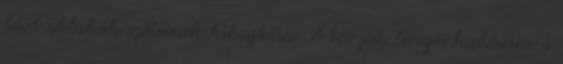
lévő ablakok széleinek kihajtása. A torziós lengés hatására a